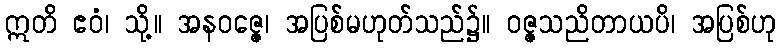
ဣတိ ဧဝံ၊ သို့။ အနဝဇ္ဇေ၊ အပြစ်မဟုတ်သည်၌။ ဝဇ္ဇသညိတာယပိ၊ အပြစ်ဟု